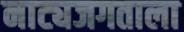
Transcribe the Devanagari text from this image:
नाट्यजगताला